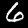
Digit: 6